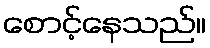
စောင့်နေသည်။